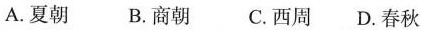
A.夏朝 B.商朝 C.西周 D.春秋